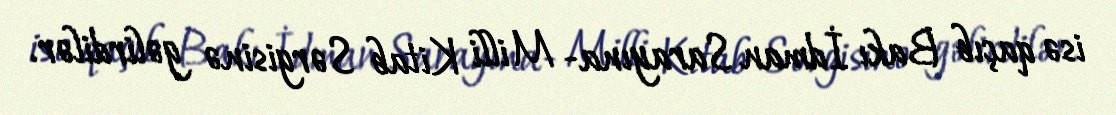
isə qaçıb Bakı İdman Sarayına- Milli Kitab Sərgisinə gəlirdilər.